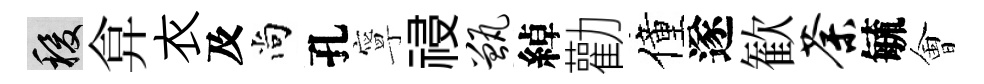
稷弇衣及尚孔寧祲甑綽勸僮遂歓荼毓㑹